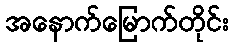
အနောက်မြောက်တိုင်း